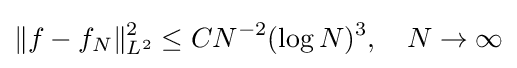
\|f-f_{N}\|_{L^{2}}^{2}\leq CN^{-2}(\log N)^{3},\quad N\to \infty